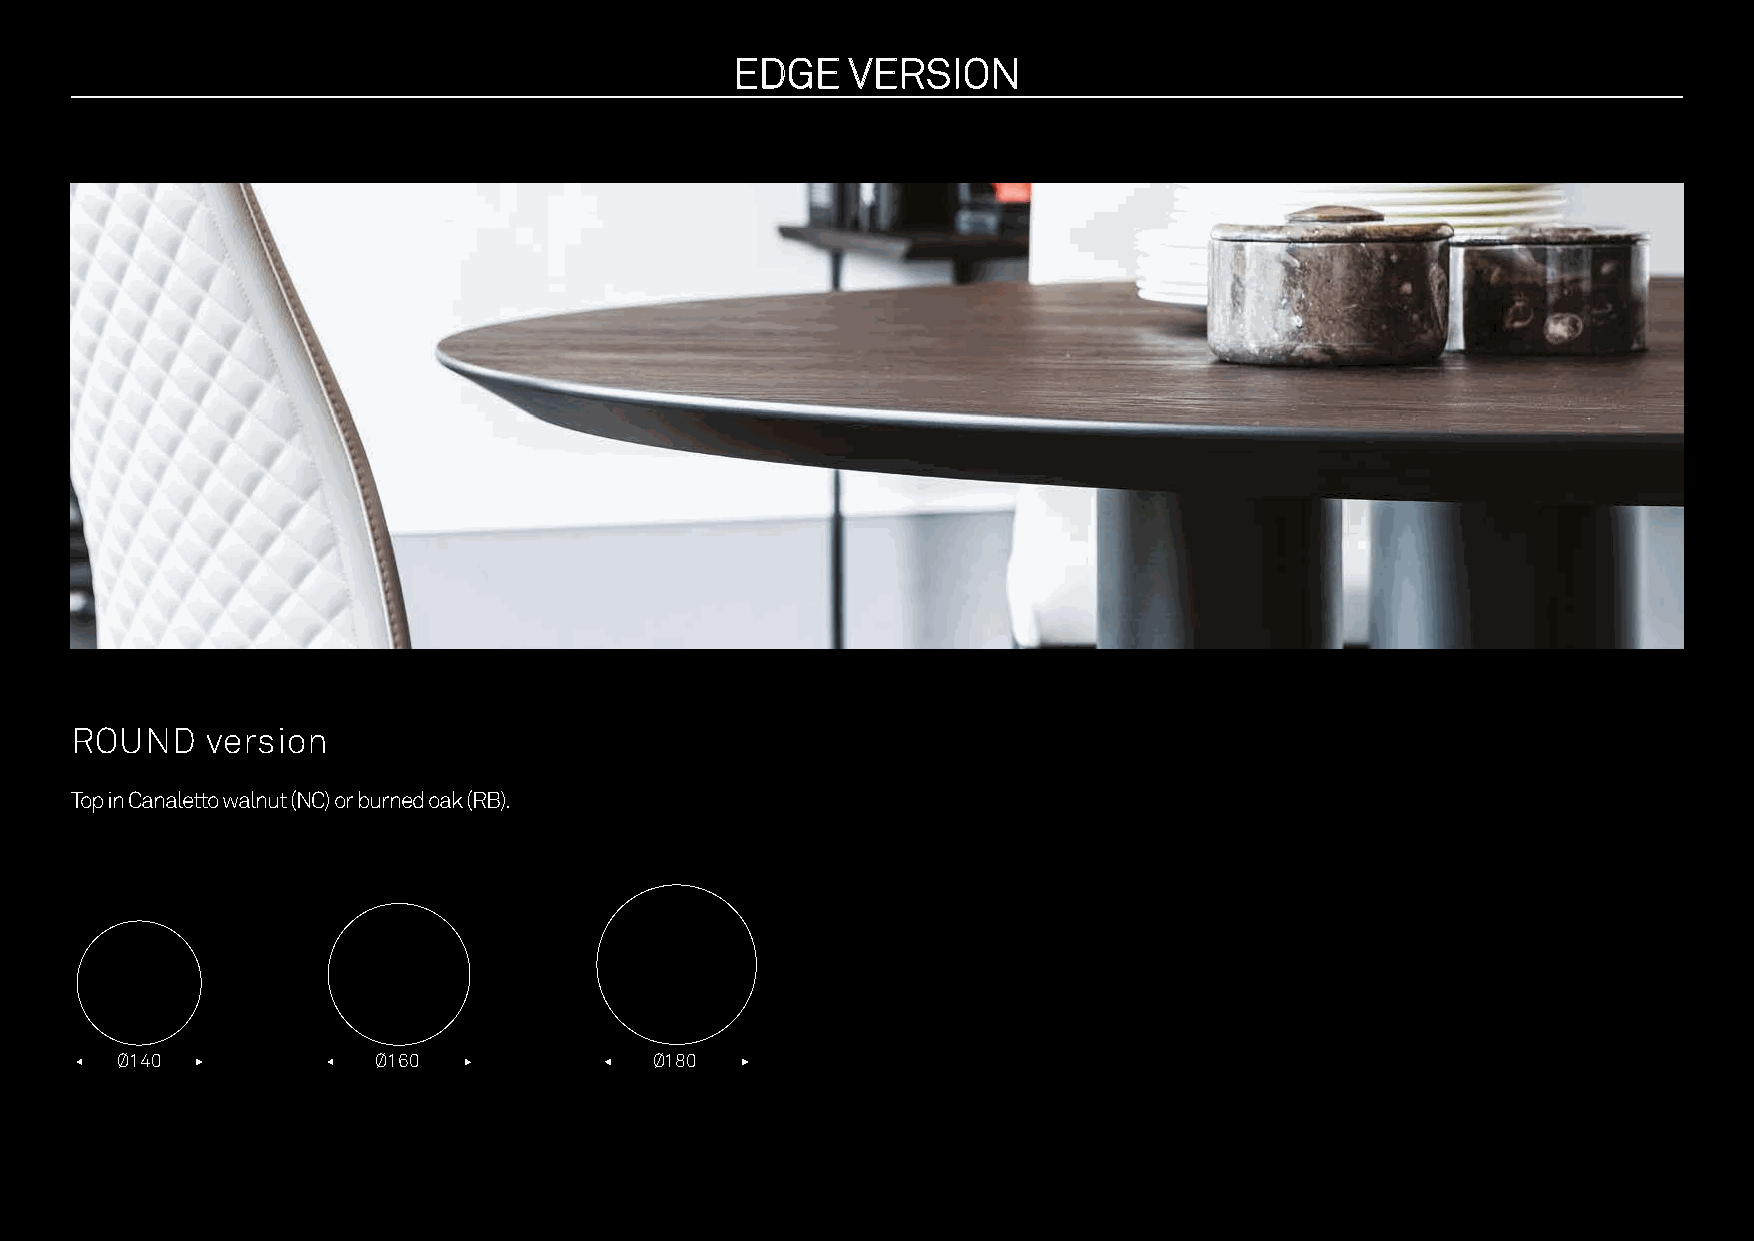
EEDDGGEE VVEERRSSIIOONN
 ROUND    version
 Top in Canaletto walnut (NC) or burned oak (RB).
 Ø140             Ø160              Ø180